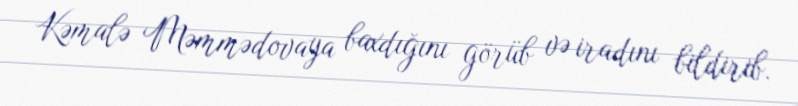
Kəmalə Məmmədovaya baxdığını görüb və iradını bildirib.